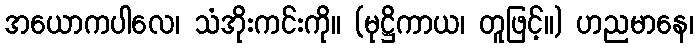
အယောကပါလေ၊ သံအိုးကင်းကို။ (မုဋ္ဌိကာယ၊ တူဖြင့်။) ဟညမာနေ၊